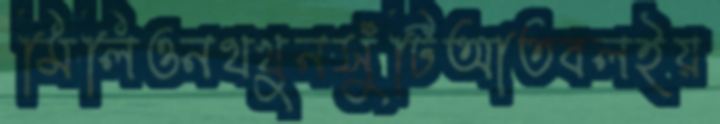
মিলিওনথখুনসুঁটিআতবলইয়